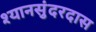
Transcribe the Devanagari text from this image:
श्यानसुंदरदास